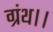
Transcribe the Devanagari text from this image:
ग्रंथ।।